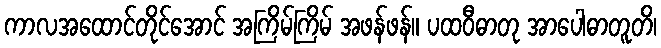
ကာလအထောင်တိုင်အောင် အကြိမ်ကြိမ် အဖန်ဖန်။ ပထဝီဓာတု အာပေါဓာတူတိ၊